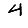
Digit: 4